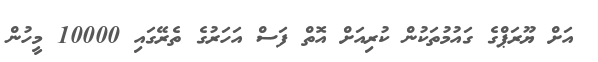
އަށް ޔޫރަޕްގެ ގައުމުތަކުން ކުރިއަށް އޮތް ފަސް އަހަރުގެ ތެރޭގައި 10000 މީހުން